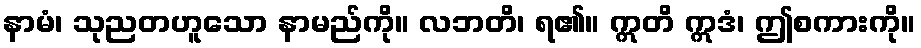
နာမံ၊ သုညတဟူသော နာမည်ကို။ လဘတိ၊ ရ၏။ ဣတိ ဣဒံ၊ ဤစကားကို။